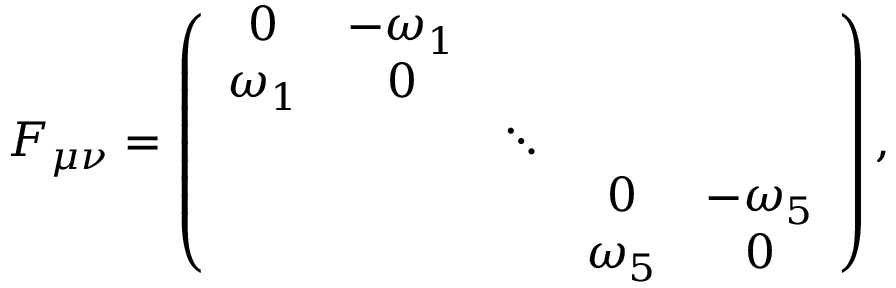
F _ { \mu \nu } = \left( \begin{array} { c c c c c } { { 0 } } & { { - \omega _ { 1 } } } & { { } } & { { } } & { { } } \\ { { \omega _ { 1 } } } & { { 0 } } & { { } } & { { } } & { { } } \\ { { } } & { { } } & { { \ddots } } & { { } } & { { } } \\ { { } } & { { } } & { { } } & { { 0 } } & { { - \omega _ { 5 } } } \\ { { } } & { { } } & { { } } & { { \omega _ { 5 } } } & { { 0 } } \end{array} \right) ,